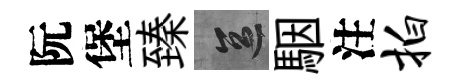
阮堡臻區駰注拍